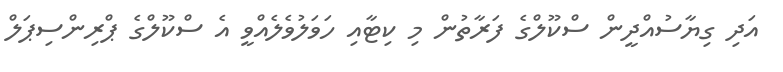
އަދި ގިޔާސުއްދީން ސްކޫލްގެ ފަރާތުން މި ކިޓާއި ހަވަލުވެލެއްވީ އެ ސްކޫލްގެ ޕްރިންސިޕަލް